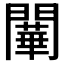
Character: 𨶱